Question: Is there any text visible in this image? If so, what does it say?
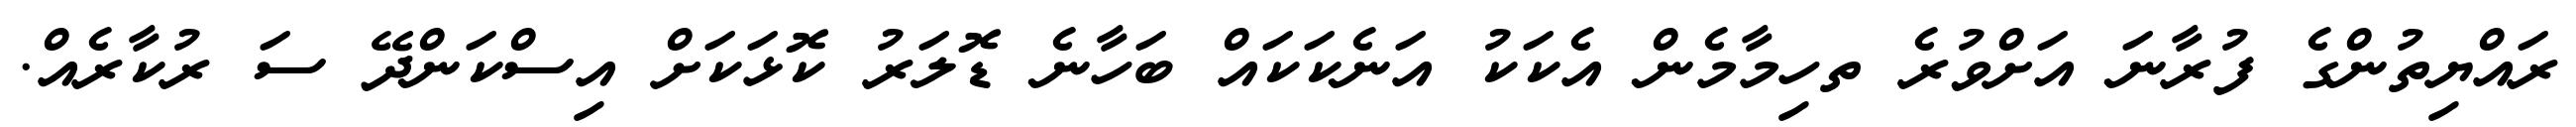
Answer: ރައްޔިތުންގެ ފުރާނަ އަށްވުރެ ތހިމާމެން އެކަކު އަނެކަކައް ބަހާނެ ޑޮލަރު ކޮޅަކަށް އިސްކަންދޭ ސަ ރުކާރެއް.